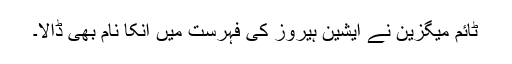
ٹائم میگزین نے ایشین ہیروز کی فہرست میں انکا نام بھی ڈالا۔